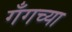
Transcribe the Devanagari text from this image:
गँगच्या